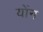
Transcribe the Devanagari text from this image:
योंन